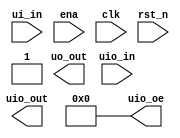
`default_nettype none

module tt_um_FIR #(parameter N = 8, parameter SIZE = 8, parameter NUM_COEFF = 4) (
    input  wire [7:0] ui_in,    // Dedicated inputs - connected to the input switches
    output wire [7:0] uo_out,   // Dedicated outputs - connected to the 7 segment display
    input  wire [7:0] uio_in,   // IOs: Bidirectional Input path
    output wire [7:0] uio_out,  // IOs: Bidirectional Output path
    output wire [7:0] uio_oe,   // IOs: Bidirectional Enable path (active high: 0=input, 1=output)
    input  wire       ena,      // will go high when the design is enabled
    input  wire       clk,      // clock
    input  wire       rst_n     // reset_n - low to reset
);

	assign uio_oe = 0;

	// It's ALIVE !
	assign uo_out[7] = 1;


	wire [7:0] serial_in;
	assign serial_in = uio_in;

	wire [7:0] y_n;
	assign uio_out = y_n;

	// Deco y[n] va a 7seg_display
	//deco_7seg deco7_seg (.entrada(y_n[7:0]), .salida(uo_out[6:0]));


	wire [NUM_COEFF*SIZE-1:0] parallel_out;


	wire [SIZE*NUM_COEFF-1:0] coeffs;


	/*
	coeffs_regs cfs1(
		.coeff({1'b0, 1'b0, 1'b0, ui_in[7:3]}), 
		.sel(ui_in[2:1]), 
		.en(ui_in[0]), 
		.rst(rst_n), 
		.clk(clk), 
		.out(coeffs));

	shift_register #(.N(NUM_COEFF), .SIZE(SIZE)) sr (
	.clk(clk),
	.reset(rst_n),
	.serial_in(serial_in),
	.parallel_out(parallel_out),
	.en(ena)
	);

	fir #(.NUM_COEFF(NUM_COEFF), .NUMBER_SIZE(SIZE)) f (
	.x_ns(parallel_out),
	.y_n(y_n),
	.coeffs(coeffs)
	);
	*/
	

endmodule